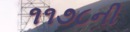
૧૧૭૮ની